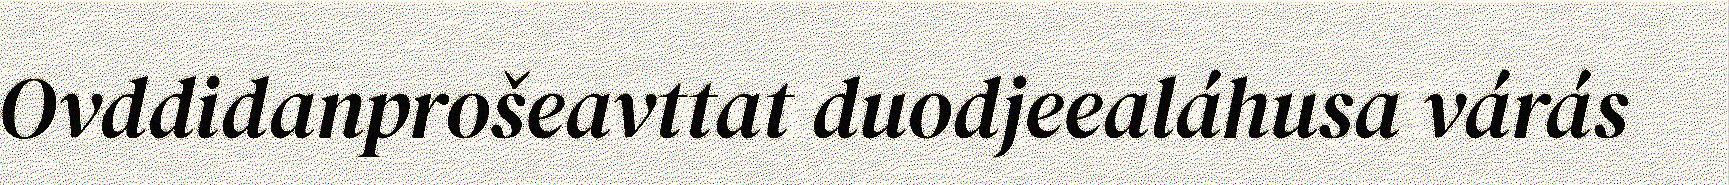
Ovddidanprošeavttat duodjeealáhusa várás